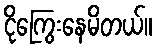
ငိုကြွေးနေမိတယ်။